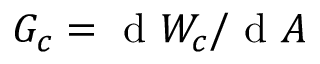
G _ { c } = \mathrm { ~ d ~ } W _ { c } / \mathrm { ~ d ~ } A